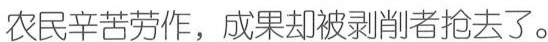
农民辛苦劳作，成果却被剥削者抢去了。